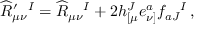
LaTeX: \widehat R _ { \mu \nu } ^ { \prime } { } ^ { I } = \widehat R _ { \mu \nu } { } ^ { I } + 2 h _ { [ \mu } ^ { J } e _ { \nu ] } ^ { a } f _ { a J } { } ^ { I } \, ,